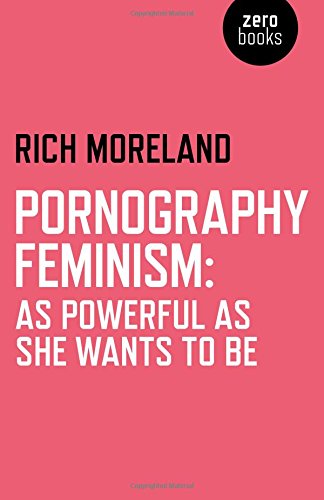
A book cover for Pornography Feminism: As Powerful as She Wants to Be; Rich Moreland; Politics & Social Sciences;